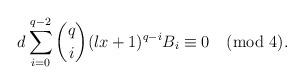
LaTeX: \begin{align*}d\sum\limits_{i=0}^{q-2}\binom {q} {i}(lx+1)^{q-i}B_{i}\equiv0\pmod{4}.\end{align*}